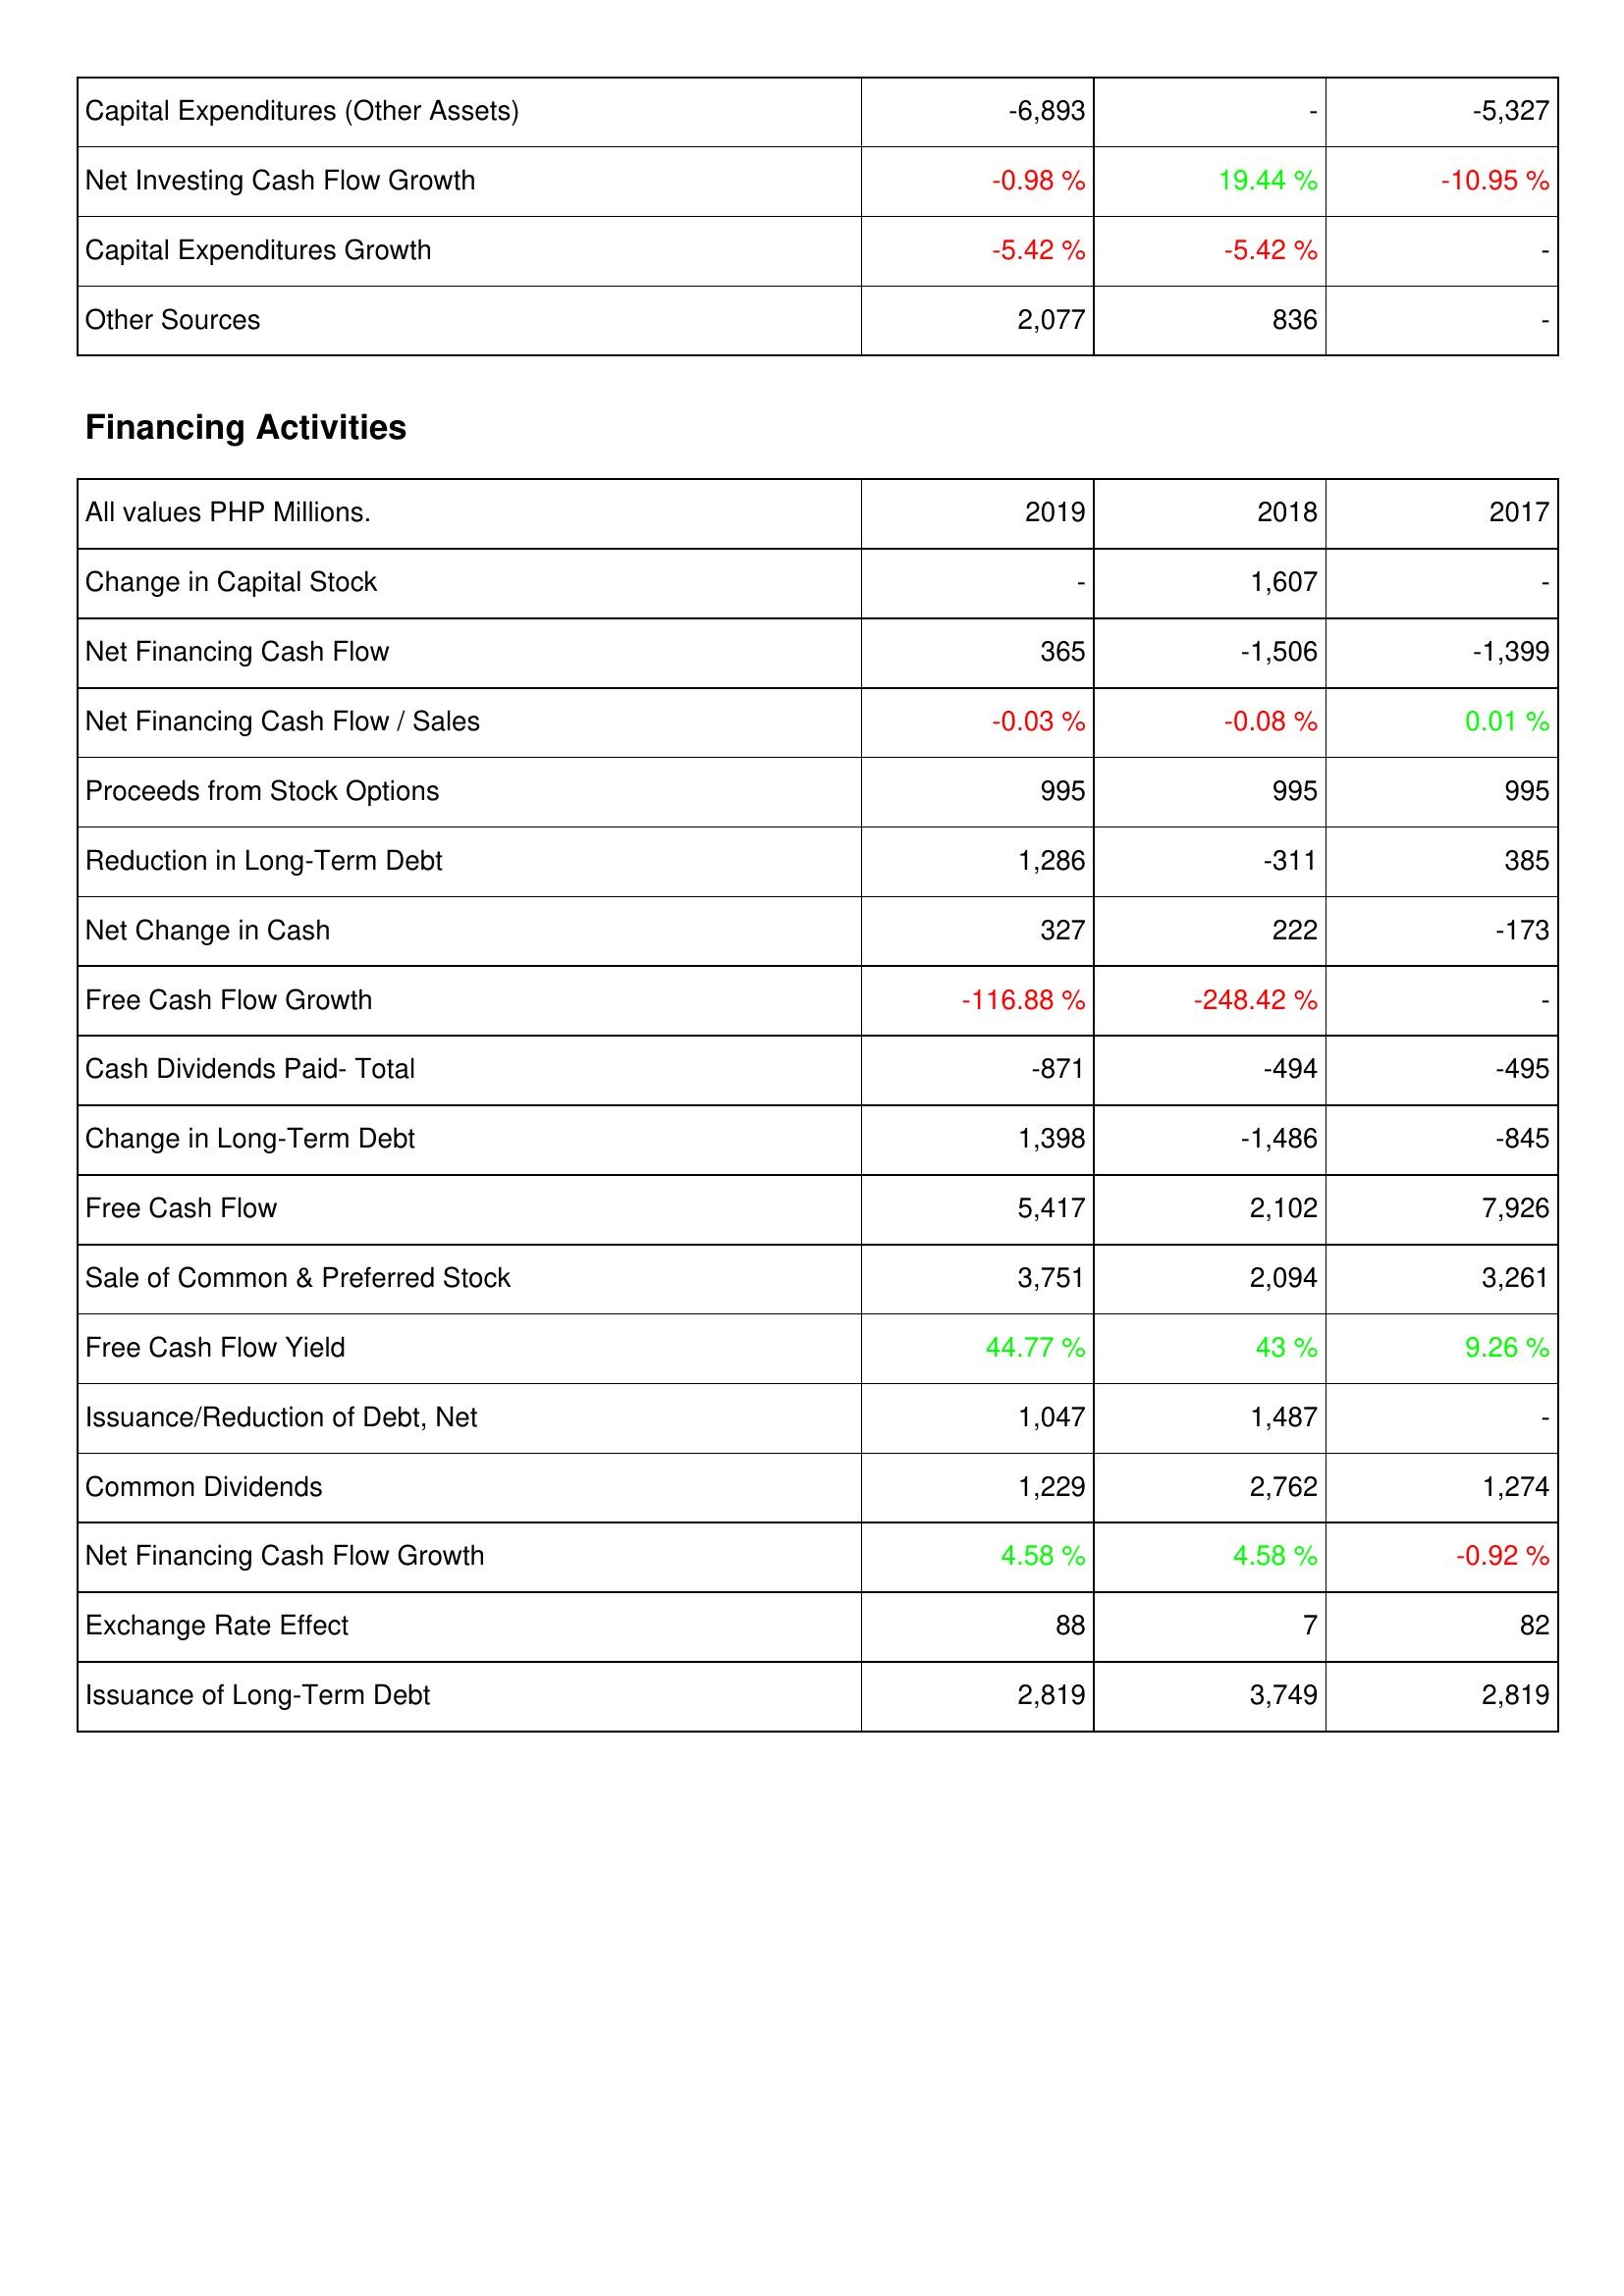
2019: Investing Activities: Capital Expenditures (Other Assets): -6,893
Net Investing Cash Flow Growth: -0.98 %
Capital Expenditures Growth: -5.42 %
Other Sources: 2,077
Financing Activities: Change in Capital Stock: -
Net Financing Cash Flow: 365
Net Financing Cash Flow / Sales: -0.03 %
Proceeds from Stock Options: 995
Reduction in Long-Term Debt: 1,286
Net Change in Cash: 327
Free Cash Flow Growth: -116.88 %
Cash Dividends Paid- Total: -871
Change in Long-Term Debt: 1,398
Free Cash Flow: 5,417
Sale of Common & Preferred Stock: 3,751
Free Cash Flow Yield: 44.77 %
Issuance/Reduction of Debt, Net: 1,047
Common Dividends: 1,229
Net Financing Cash Flow Growth: 4.58 %
Exchange Rate Effect: 88
Issuance of Long-Term Debt: 2,819
2018: Investing Activities: Capital Expenditures (Other Assets): -
Net Investing Cash Flow Growth: 19.44 %
Capital Expenditures Growth: -5.42 %
Other Sources: 836
Financing Activities: Change in Capital Stock: 1,607
Net Financing Cash Flow: -1,506
Net Financing Cash Flow / Sales: -0.08 %
Proceeds from Stock Options: 995
Reduction in Long-Term Debt: -311
Net Change in Cash: 222
Free Cash Flow Growth: -248.42 %
Cash Dividends Paid- Total: -494
Change in Long-Term Debt: -1,486
Free Cash Flow: 2,102
Sale of Common & Preferred Stock: 2,094
Free Cash Flow Yield: 43 %
Issuance/Reduction of Debt, Net: 1,487
Common Dividends: 2,762
Net Financing Cash Flow Growth: 4.58 %
Exchange Rate Effect: 7
Issuance of Long-Term Debt: 3,749
2017: Investing Activities: Capital Expenditures (Other Assets): -5,327
Net Investing Cash Flow Growth: -10.95 %
Capital Expenditures Growth: -
Other Sources: -
Financing Activities: Change in Capital Stock: -
Net Financing Cash Flow: -1,399
Net Financing Cash Flow / Sales: 0.01 %
Proceeds from Stock Options: 995
Reduction in Long-Term Debt: 385
Net Change in Cash: -173
Free Cash Flow Growth: -
Cash Dividends Paid- Total: -495
Change in Long-Term Debt: -845
Free Cash Flow: 7,926
Sale of Common & Preferred Stock: 3,261
Free Cash Flow Yield: 9.26 %
Issuance/Reduction of Debt, Net: -
Common Dividends: 1,274
Net Financing Cash Flow Growth: -0.92 %
Exchange Rate Effect: 82
Issuance of Long-Term Debt: 2,819